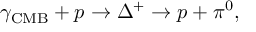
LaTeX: \gamma _ { \mathrm { C M B } } + p \to \Delta ^ { + } \to p + \pi ^ { 0 } ,